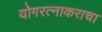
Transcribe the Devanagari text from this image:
योगरत्नाकराचा